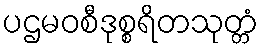
ပဌမဝစီဒုစ္စရိတသုတ္တံ